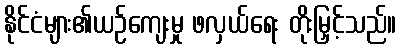
နိုင်ငံများ၏ယဉ်ကျေးမှု ဖလှယ်ရေး တိုးမြှင့်သည်။